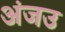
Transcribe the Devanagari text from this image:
अंजउ